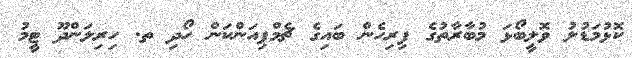
ކޮޅުމަޑުލު ވޮލީބޯޅަ މުބާރާތުގެ ފިރިހެން ބައިގެ ޗެމްޕިއަންކަން ހޯދި ތ. ހިރިލަންދޫ ޓީމު